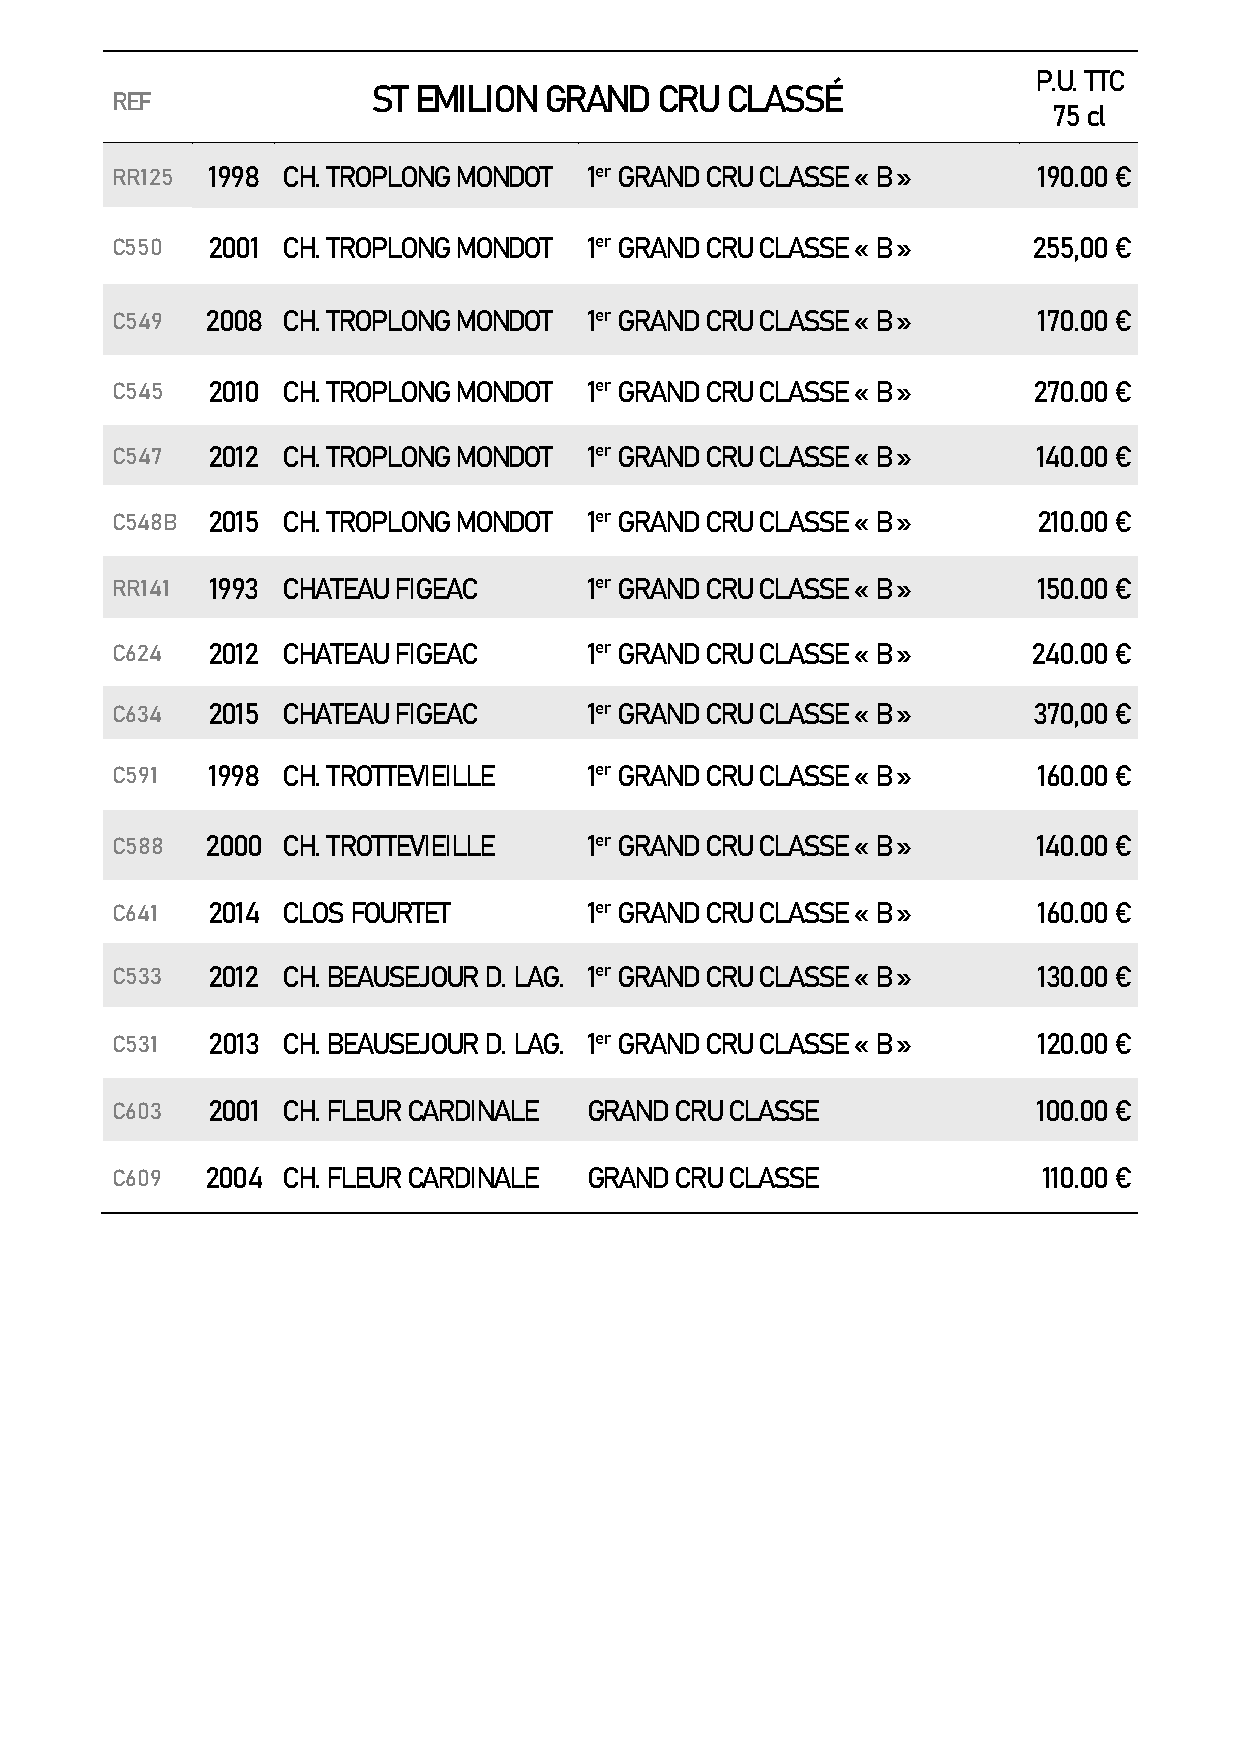
P.U. TTC
 ST EMILION GRAND  CRU  CLASSÉ
 REF
 75 cl
 RR125  1998 CH. TROPLONG MONDOT 1er GRAND CRU CLASSE « B »    190.00 €
 C550   2001 CH. TROPLONG MONDOT 1er GRAND CRU CLASSE « B »   255,00 €
 C549   2008 CH. TROPLONG MONDOT 1er GRAND CRU CLASSE « B »    170.00 €
 C545   2010 CH. TROPLONG MONDOT 1er GRAND CRU CLASSE « B »   270.00 €
 C547   2012 CH. TROPLONG MONDOT 1er GRAND CRU CLASSE « B »    140.00 €
 C548B  2015 CH. TROPLONG MONDOT 1er GRAND CRU CLASSE « B »    210.00 €
 RR141  1993 CHATEAU FIGEAC      1er GRAND CRU CLASSE « B »    150.00 €
 C624   2012 CHATEAU FIGEAC      1er GRAND CRU CLASSE « B »   240.00 €
 C634   2015 CHATEAU FIGEAC      1er GRAND CRU CLASSE « B »   370,00 €
 C591   1998 CH. TROTTEVIEILLE   1er GRAND CRU CLASSE « B »    160.00 €
 C588   2000 CH. TROTTEVIEILLE   1er GRAND CRU CLASSE « B »    140.00 €
 C641   2014 CLOS FOURTET        1er GRAND CRU CLASSE « B »    160.00 €
 C533   2012 CH. BEAUSEJOUR D. LAG. 1er GRAND CRU CLASSE « B » 130.00 €
 C531   2013 CH. BEAUSEJOUR D. LAG. 1er GRAND CRU CLASSE « B » 120.00 €
 C603   2001 CH. FLEUR CARDINALE GRAND CRU CLASSE              100.00 €
 C609   2004 CH. FLEUR CARDINALE GRAND CRU CLASSE              110.00 €